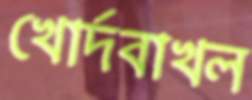
খোর্দবাখল